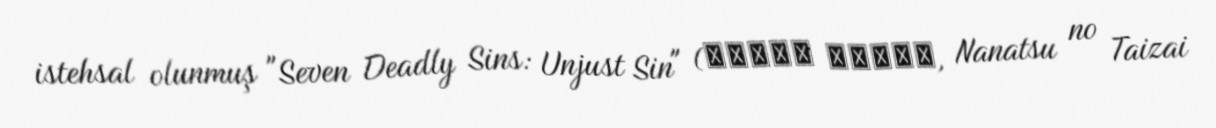
istehsal olunmuş "Seven Deadly Sins: Unjust Sin" (七つの大罪 真実の冤罪, Nanatsu no Taizai